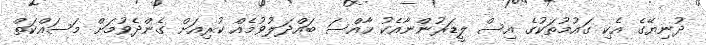
ދުނިޔޭގެ އެކި ގައުމުތަކުގެ އިސް ލީޑަރުންނާއެކު ހާއްސަ ބައްދަލުވުމެއް ކުރިއަށް ގެންދެވުމަށް މަސައްކަތް